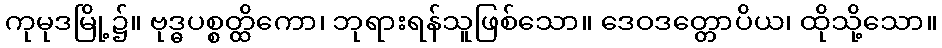
ကုမုဒမြို့၌။ ဗုဒ္ဓပစ္စတ္ထိကော၊ ဘုရားရန်သူဖြစ်သော။ ဒေဝဒတ္တောပိယ၊ ထိုသို့သော။